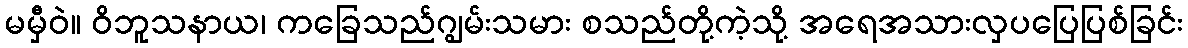
မမှီဝဲ။ ဝိဘူသနာယ၊ ကခြေသည်ဂျွမ်းသမား စသည်တို့ကဲ့သို့ အရေအသားလှပပြေပြစ်ခြင်း